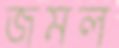
জমল